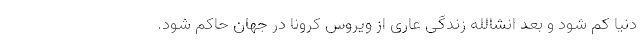
دنیا کم شود و بعد انشالله زندگی عاری از ویروس کرونا در جهان حاکم شود.